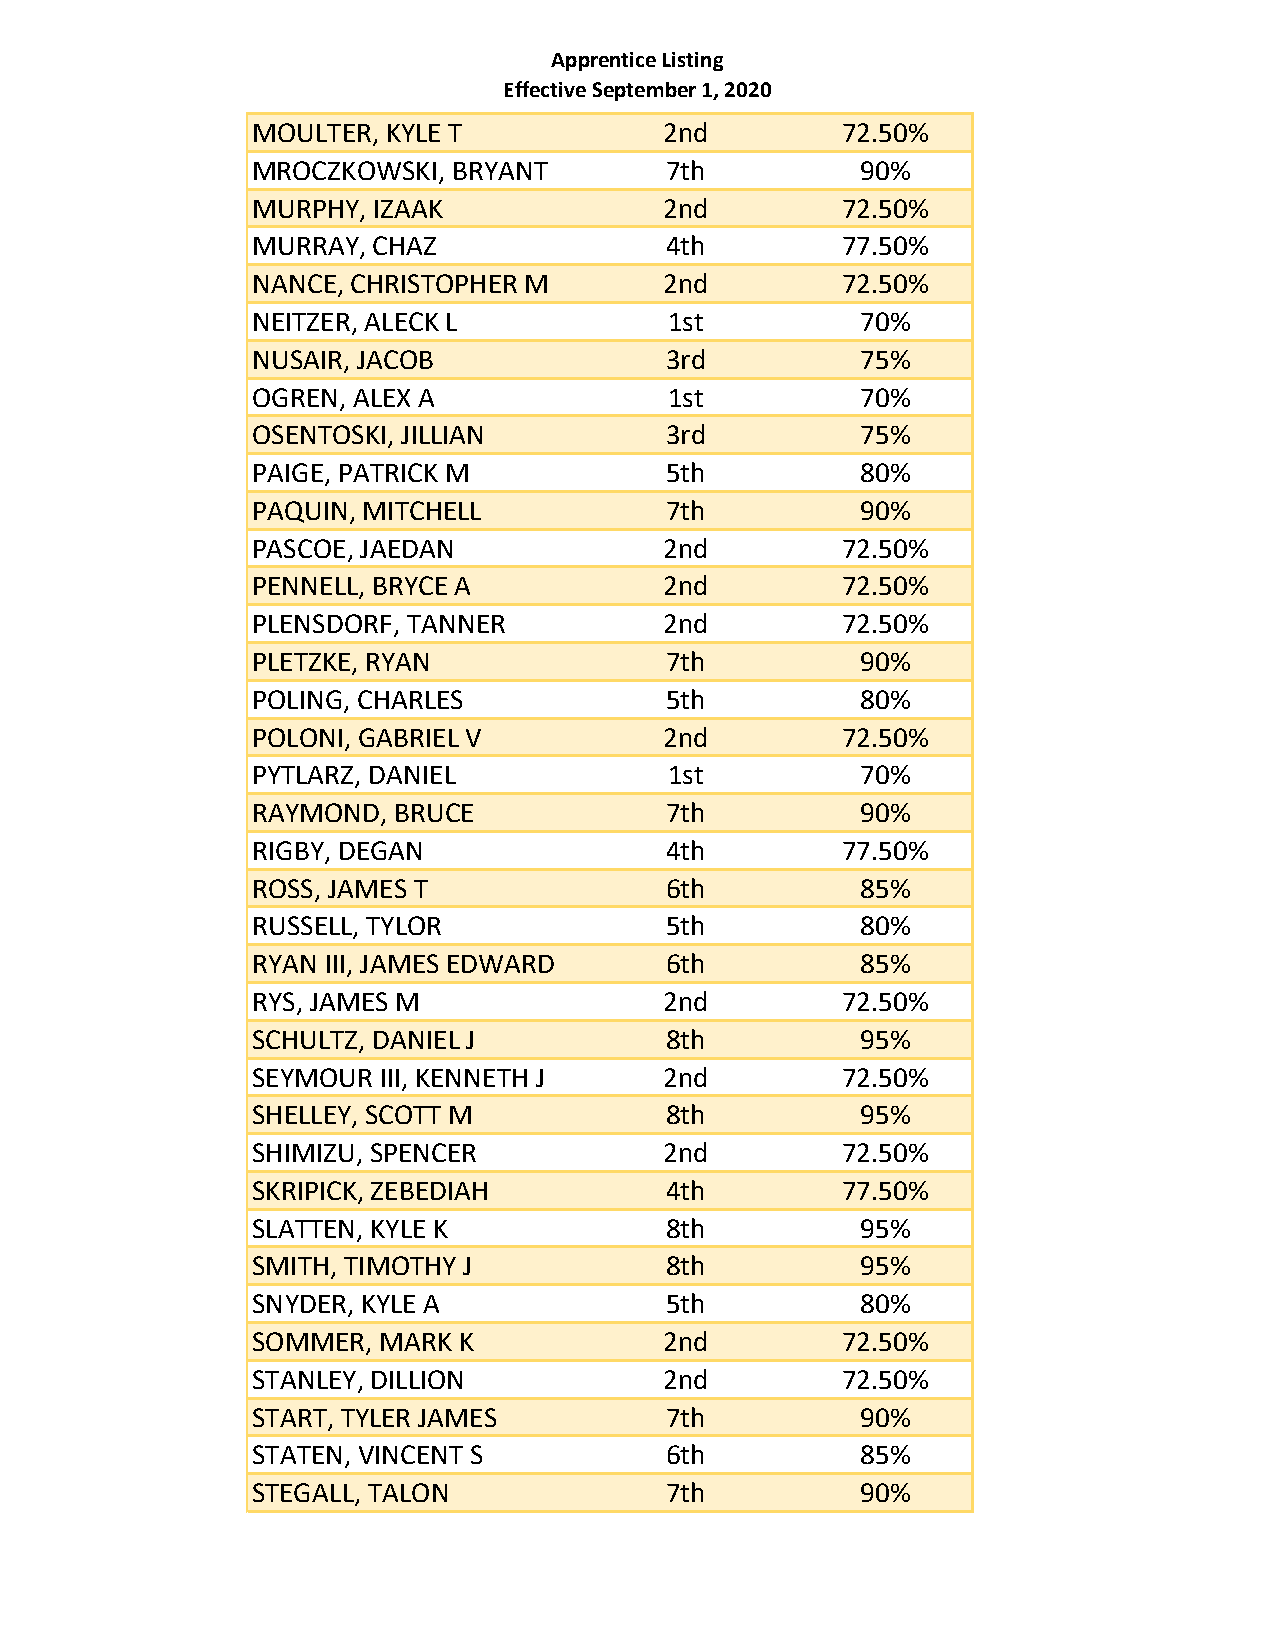
Apprentice Listing
 Effective September 1, 2020
 MOULTER, KYLE T            2nd         72.50%
 MROCZKOWSKI, BRYANT        7th          90%
 MURPHY, IZAAK              2nd         72.50%
 MURRAY, CHAZ               4th         77.50%
 NANCE, CHRISTOPHER M       2nd         72.50%
 NEITZER, ALECK L           1st          70%
 NUSAIR, JACOB              3rd          75%
 OGREN, ALEX A              1st          70%
 OSENTOSKI, JILLIAN         3rd          75%
 PAIGE, PATRICK M           5th          80%
 PAQUIN, MITCHELL           7th          90%
 PASCOE, JAEDAN             2nd         72.50%
 PENNELL, BRYCE A           2nd         72.50%
 PLENSDORF, TANNER          2nd         72.50%
 PLETZKE, RYAN              7th          90%
 POLING, CHARLES            5th          80%
 POLONI, GABRIEL V          2nd         72.50%
 PYTLARZ, DANIEL            1st          70%
 RAYMOND, BRUCE             7th          90%
 RIGBY, DEGAN               4th         77.50%
 ROSS, JAMES T              6th          85%
 RUSSELL, TYLOR             5th          80%
 RYAN III, JAMES EDWARD     6th          85%
 RYS, JAMES M               2nd         72.50%
 SCHULTZ, DANIEL J          8th          95%
 SEYMOUR III, KENNETH J     2nd         72.50%
 SHELLEY, SCOTT M           8th          95%
 SHIMIZU, SPENCER           2nd         72.50%
 SKRIPICK, ZEBEDIAH         4th         77.50%
 SLATTEN, KYLE K            8th          95%
 SMITH, TIMOTHY J           8th          95%
 SNYDER, KYLE A             5th          80%
 SOMMER, MARK K             2nd         72.50%
 STANLEY, DILLION           2nd         72.50%
 START, TYLER JAMES         7th          90%
 STATEN, VINCENT S          6th          85%
 STEGALL, TALON             7th          90%